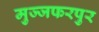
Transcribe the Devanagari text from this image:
मुज्जफरपुर